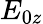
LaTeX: E_{0z}